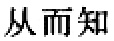
从而知